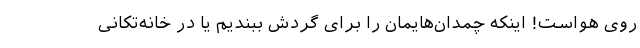
روی هواست! اینکه چمدان‌هایمان را برای گردش ببندیم یا در خانه‌تکانی